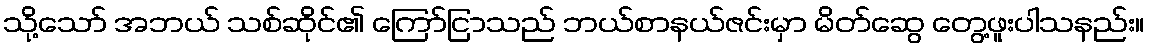
သို့သော် အဘယ် သစ်ဆိုင်၏ ကြော်ငြာသည် ဘယ်စာနယ်ဇင်းမှာ မိတ်ဆွေ တွေ့ဖူးပါသနည်း။